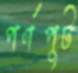
পর্ণপুট